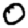
Digit: 0